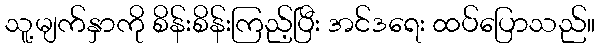
သူ့မျက်နှာကို စိန်းစိန်းကြည့်ပြီး အင်ဒရေး ထပ်ပြောသည်။